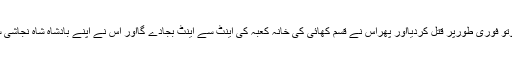
ابرہہ نے اس نوجوان کوتو فوری طورپر قتل کردیااور پھراس نے قسم کھائی کی خانہ کعبہ کی اینٹ سے اینٹ بجادے گااور اس نے اپنے بادشاہ شاہ نجاشی سے اجازت بھی لے لی۔